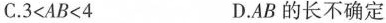
C. $$3 < AB < 4$$ D.AB的长不确定